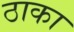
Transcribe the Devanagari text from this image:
ठाका